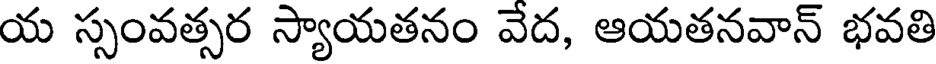
య స్సంవత్సర స్యాయతనం వేద, ఆయతనవాన్ భవతి